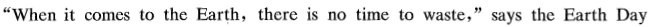
"When it comes to the Earth,there is no time to waste," says the Earth Day